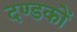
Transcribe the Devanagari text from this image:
दण्डकों